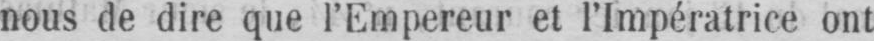
nous de dire que l’Empereur et l’Impératrice ont